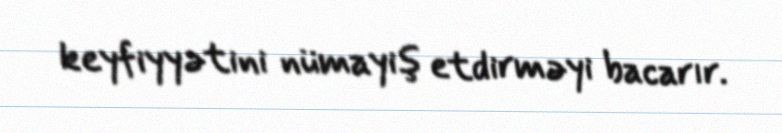
keyfiyyətini nümayiş etdirməyi bacarır.